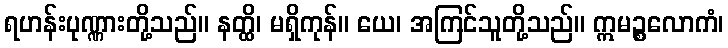
ရဟန်းပုဏ္ဏားတို့သည်။ နတ္ထိ၊ မရှိကုန်။ ယေ၊ အကြင်သူတို့သည်။ ဣမဉ္စလောကံ၊